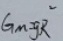
G _ { M } = g R ^ { 2 }